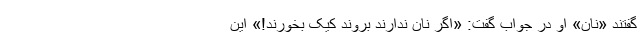
گفتند «نان» او در جواب گفت: «اگر نان ندارند بروند کیک بخورند!» این